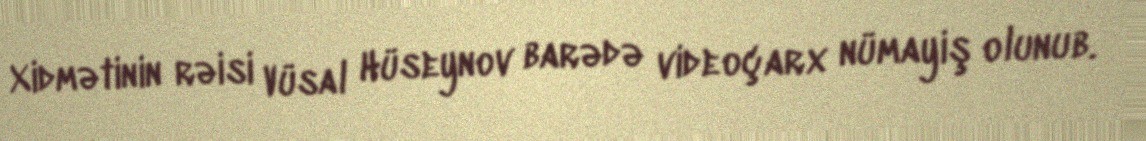
Xidmətinin rəisi Vüsal Hüseynov barədə videoçarx nümayiş olunub.